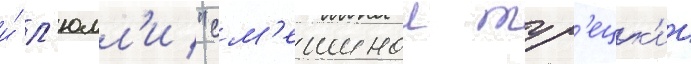
и́ л'юлл'и "см'ешнои тур'ецк'ии